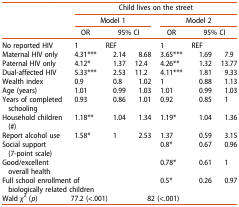
<table><thead><tr><td><b> </b></td><td colspan="6"><b>Child lives on the street</b></td></tr><tr><td rowspan="2"><b> </b></td><td colspan="3"><b>Model 1</b></td><td colspan="3"><b>Model 2</b></td></tr><tr><td><b>OR</b></td><td colspan="2"><b>95% CI</b></td><td><b>OR</b></td><td colspan="2"><b>95% CI</b></td></tr></thead><tbody><tr><td>No reported HIV</td><td>1</td><td>REF</td><td> </td><td>1</td><td>REF</td><td> </td></tr><tr><td>Maternal HIV only</td><td>4.31***</td><td>2.14</td><td>8.68</td><td>3.65***</td><td>1.69</td><td>7.9</td></tr><tr><td>Paternal HIV only</td><td>4.12*</td><td>1.37</td><td>12.4</td><td>4.26**</td><td>1.32</td><td>13.77</td></tr><tr><td>Dual-affected HIV</td><td>5.33***</td><td>2.53</td><td>11.2</td><td>4.11***</td><td>1.81</td><td>9.33</td></tr><tr><td>Wealth index</td><td>0.9</td><td>0.8</td><td>1.02</td><td>1</td><td>0.88</td><td>1.13</td></tr><tr><td>Age (years)</td><td>1.01</td><td>0.99</td><td>1.03</td><td>1.01</td><td>0.99</td><td>1.03</td></tr><tr><td>Years of completed schooling</td><td>0.93</td><td>0.86</td><td>1.01</td><td>0.92</td><td>0.85</td><td>1</td></tr><tr><td>Household children (#)</td><td>1.18**</td><td>1.04</td><td>1.34</td><td>1.19*</td><td>1.04</td><td>1.36</td></tr><tr><td>Report alcohol use</td><td>1.58*</td><td>1</td><td>2.53</td><td>1.37</td><td>0.59</td><td>3.15</td></tr><tr><td>Social support (7-point scale)</td><td> </td><td> </td><td> </td><td>0.8*</td><td>0.67</td><td>0.96</td></tr><tr><td>Good/excellent overall health</td><td> </td><td> </td><td> </td><td>0.78*</td><td>0.61</td><td>1</td></tr><tr><td colspan="2">Full school enrollment of biologically related children</td><td> </td><td> </td><td>0.5*</td><td>0.26</td><td>0.97</td></tr><tr><td>Wald <i>χ</i><sup>2</sup> (<i>p</i>)</td><td colspan="3">77.2 (&lt;.001)</td><td colspan="3">82 (&lt;.001)</td></tr></tbody></table>